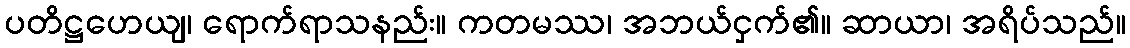
ပတိဋ္ဌဟေယျ၊ ရောက်ရာသနည်း။ ကတမဿ၊ အဘယ်ငှက်၏။ ဆာယာ၊ အရိပ်သည်။